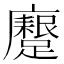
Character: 𮜟